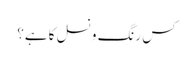
کس رنگ و نسل کا ہے؟